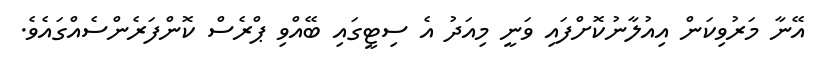
އޭނާ މަރުވިކަން އިއުލާނުކޮށްފައި ވަނީ މިއަދު އެ ސިޓީގައި ބޭއްވި ޕްރެސް ކޮންފަރެންސެއްގައެވެ.